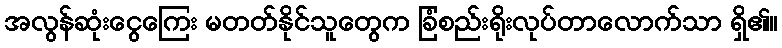
အလွန်ဆုံးငွေကြေး မတတ်နိုင်သူတွေက ခြံစည်းရိုးလုပ်တာလောက်သာ ရှိ၏။